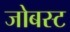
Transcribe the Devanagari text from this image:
जोबस्ट